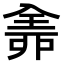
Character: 𠓴